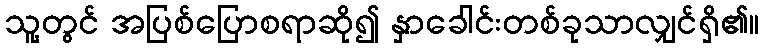
သူ့တွင် အပြစ်ပြောစရာဆို၍ နှာခေါင်းတစ်ခုသာလျှင်ရှိ၏။